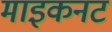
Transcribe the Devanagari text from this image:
माइकनट